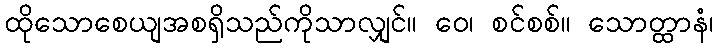
ထိုသောစေယျအစရှိသည်ကိုသာလျှင်။ ဝေ၊ စင်စစ်။ သောတ္ထာနံ၊